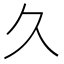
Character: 久